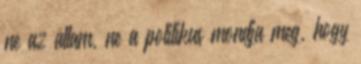
ne az állam, ne a politikus mondja meg, hogy